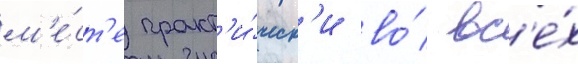
м'е́ст'е практ'и́ческ'и во́ вс'е́х